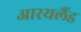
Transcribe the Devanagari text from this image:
आरयलैंड